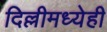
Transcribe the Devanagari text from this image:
दिल्लीमध्येही